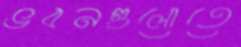
ভবনগুলোতে